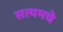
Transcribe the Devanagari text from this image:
सत्यमचे